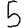
Digit: 5